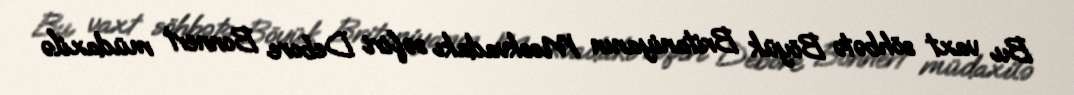
Bu vaxt söhbətə Böyük Britaniyanın Moskvadakı səfiri Debore Bonnert müdaxilə